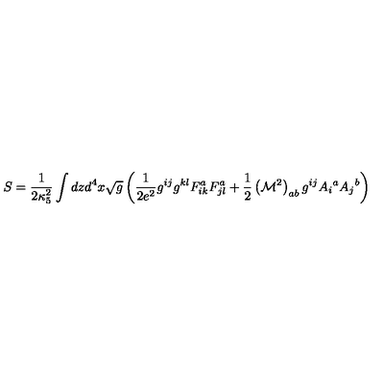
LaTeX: S = \frac { 1 } { 2 \kappa _ { 5 } ^ { 2 } } \int d z d ^ { 4 } x \sqrt { g } \left( \frac { 1 } { 2 e ^ { 2 } } g ^ { i j } g ^ { k l } F _ { i k } ^ { a } F _ { j l } ^ { a } + \frac { 1 } { 2 } \left( { \cal M } ^ { 2 } \right) _ { a b } g ^ { i j } A _ { i } { } ^ { a } A _ { j } { } ^ { b } \right)